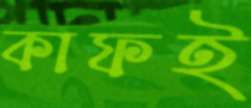
কাফই